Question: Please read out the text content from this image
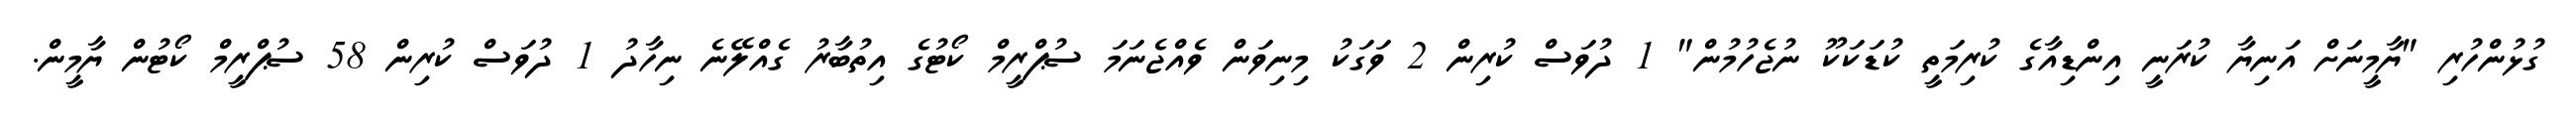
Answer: ގުޅުންހުރި "ޔާމީނަށް އަނިޔާ ކުރަނީ އިންޑިއާގެ ކުރިމަތީ ކުޑަކަކޫ ނުޖެހުމުން" 1 ދުވަސް ކުރިން 2 ވަގަކު މިނިވަން ވެއްޖެނަމަ ސުޕްރީމް ކޯޓުގެ އިތުބާރު ގެއްލޭނެ ނިހާދު 1 ދުވަސް ކުރިން 58 ސުޕްރީމް ކޯޓުން ޔާމީން.